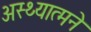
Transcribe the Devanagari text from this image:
अस्थ्यात्मने